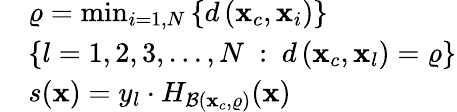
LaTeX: \begin{array}{rl}&{\varrho=\operatorname*{min}_{i=1,N}\left\{ d\left(\mathbf{x}_{c},\mathbf{x}_{i}\right)\right\} }\\ &{\left\{ l=1,2,3,\dotsc,N\ :\ d\left(\mathbf{x}_{c},\mathbf{x}_{l}\right)=\varrho\right\} }\\ &{s(\mathbf{x})=y_{l}\cdot H_{\mathcal{B}(\mathbf{x}_{c},\varrho)}(\mathbf{x})}\end{array}